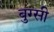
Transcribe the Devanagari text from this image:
बुग्‍सी